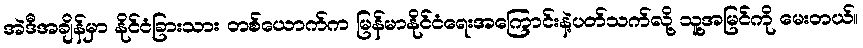
အဲဒီအချိန်မှာ နိုင်ငံခြားသား တစ်ယောက်က မြန်မာနိုင်ငံရေးအကြောင်းနဲ့ပတ်သက်လို့ သူ့အမြင်ကို မေးတယ်။